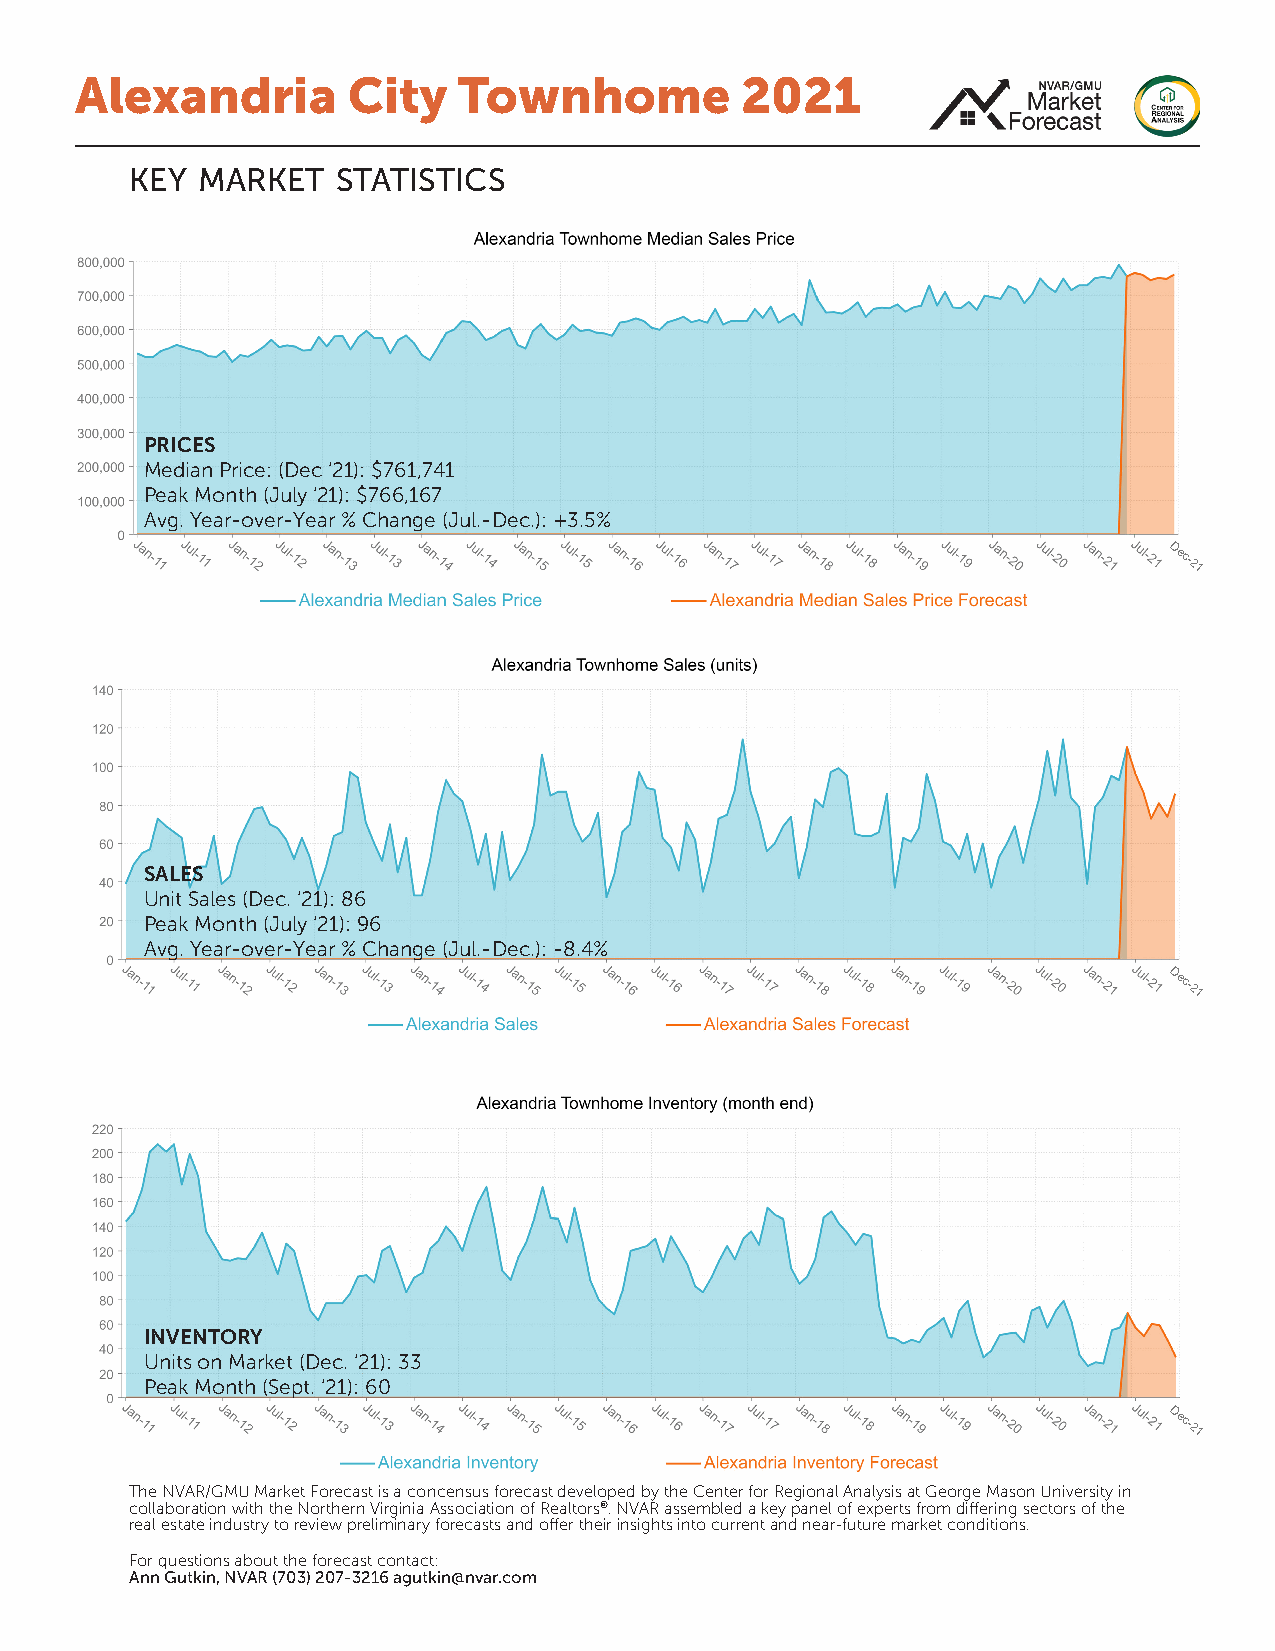
Alexandria        City   Townhome           2021
 key market   statistics
 PRICES
 Median Price: (Dec ‘21): $761,741
 Peak Month (July ‘21): $766,167
 Avg. Year-over-Year % Change (Jul.-Dec.): +3.5%
 Dec-21
 SALES
 Unit Sales (Dec. ‘21): 86
 Peak Month (July ‘21): 96
 Avg. Year-over-Year % Change (Jul.-Dec.): -8.4%
 Dec-21
 INVENTORY
 Units on Market (Dec. ‘21): 33
 Peak Month (Sept. ‘21): 60
 Dec-21
 The NVAR/GMU Market Forecast is a concensus forecast developed by the Center for Regional Analysis at George Mason University in
 collaboration with the Northern Virginia Association of Realtors®. NVAR assembled a key panel of experts from differing sectors of the
 real estate industry to review preliminary forecasts and offer their insights into current and near-future market conditions.
 For questions about the forecast contact:
 Ann Gutkin, NVAR (703) 207-3216 agutkin@nvar.com